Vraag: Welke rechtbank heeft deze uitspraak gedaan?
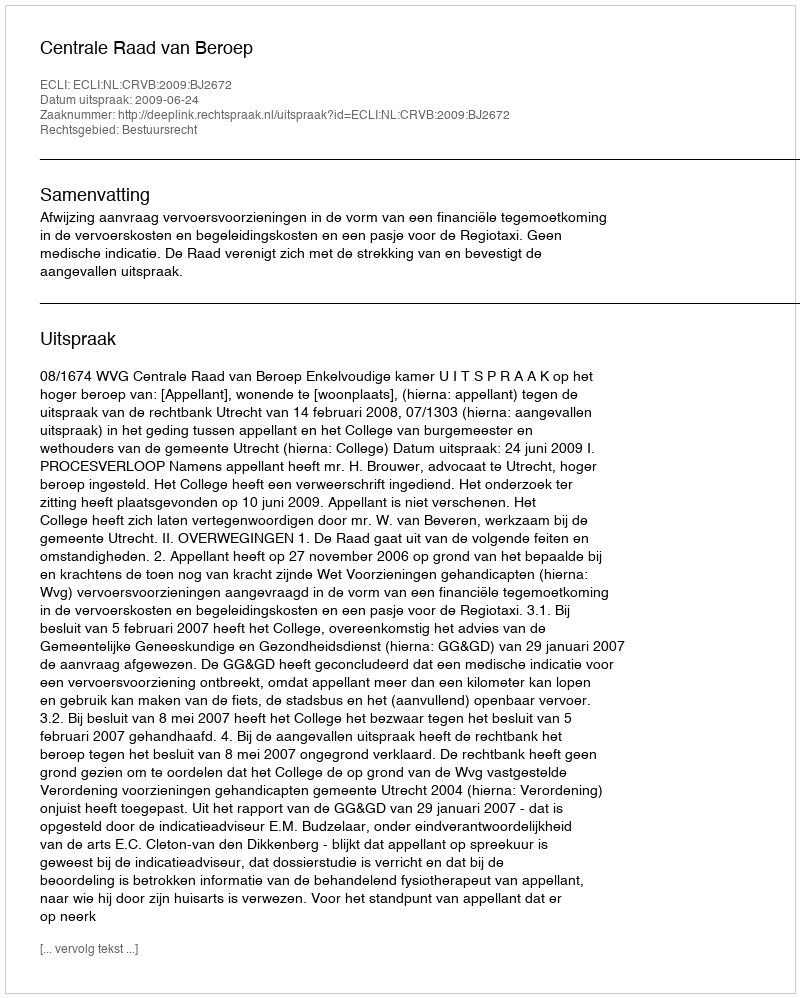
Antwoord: Centrale Raad van Beroep